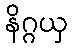
နိဂ္ဂယှ